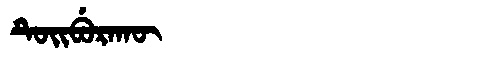
Manchu: ᡨᡠᡳᠪᡠᡵᠠᡴᡡ
Romanization: TUIBURAKŪ